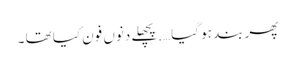
پھر بند ہو گیا ….پچھلے دنوں فون کیا تھا ۔